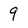
Character: 9